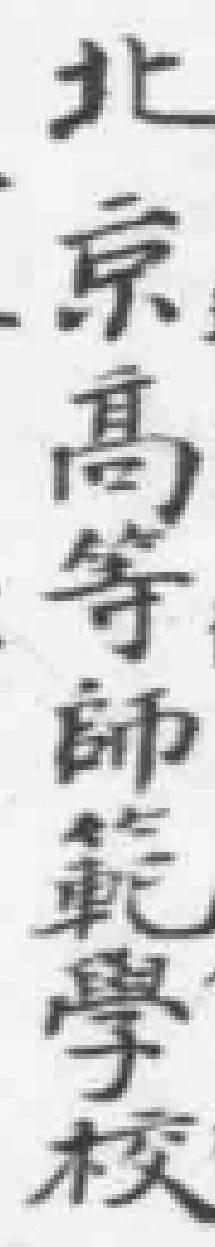
北京高等師範學校